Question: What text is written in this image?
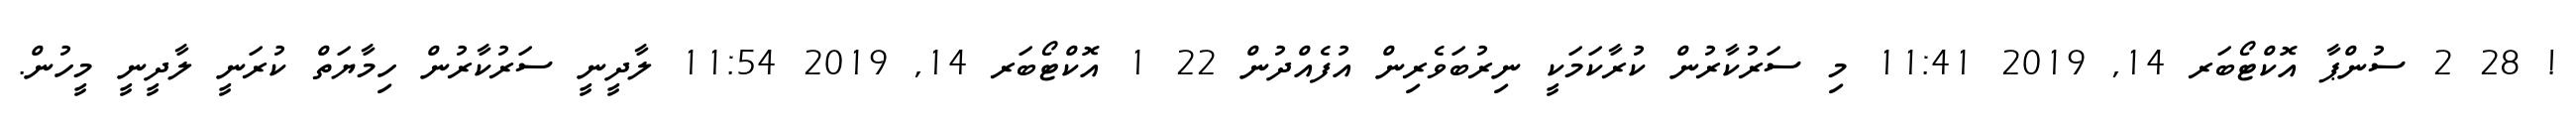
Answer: ! 28 2 ސުންޕާ އޮކްޓޯބަރ 14, 2019 11:41 މި ސަރުކާރުން ކުރާކަމަކީ ނިރުބަވެރިން އުފެއްދުން 22 1 އޮކްޓޯބަރ 14, 2019 11:54 ލާދީނީ ސަރުކާރުން ހިމާޔަތް ކުރަނީ ލާދީނީ މީހުން.